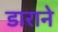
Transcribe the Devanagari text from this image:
डाराने